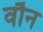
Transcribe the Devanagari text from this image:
वौन